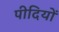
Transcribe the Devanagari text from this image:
पीदियों